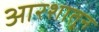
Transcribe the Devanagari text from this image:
आरशातून